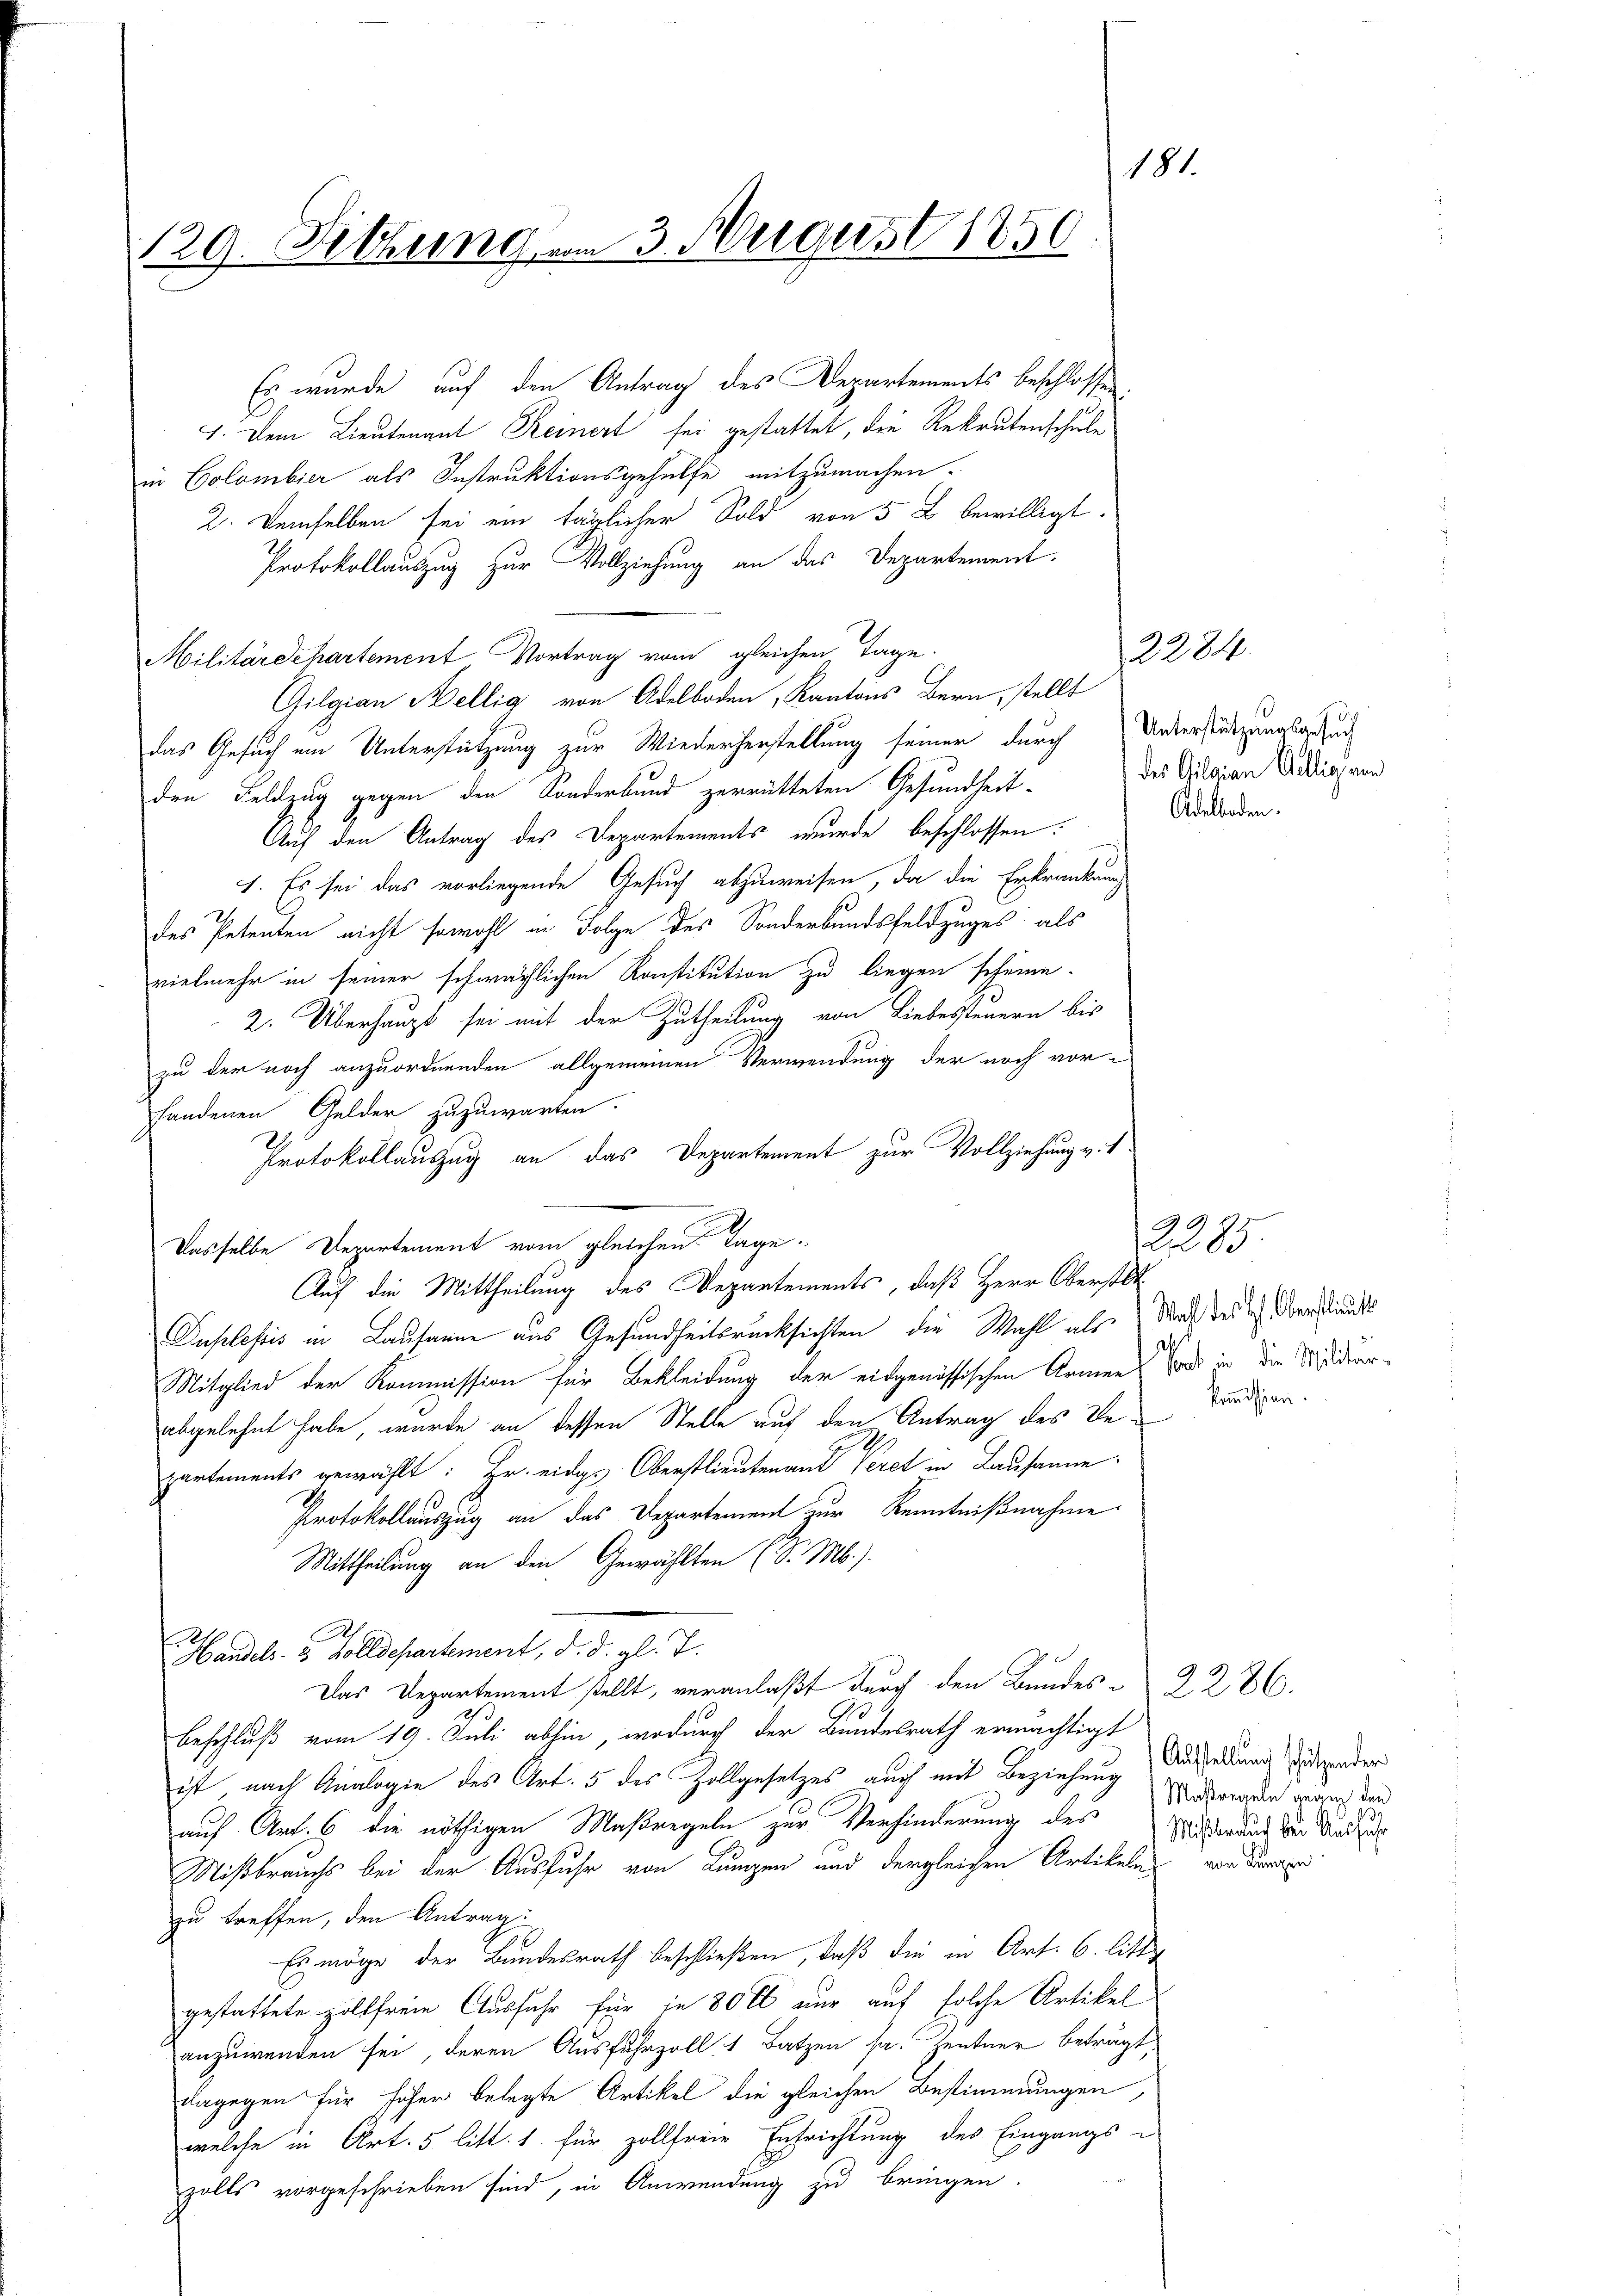
181.
129. Sitzung am 3. August 1850

Es wurde auf den Antrag des Departements beschlossen
1. Dem Lieutenant Keinert sei gestattet, die Rekrutenschule
in Colombier als Instruktionsgehülfe mitzumachen.
2. Demselben sei ein täglicher Sold von 5 L bewilligt.
Protokollauszug zur Vollziehung an das Departement.
Militärdehartement Vortrag vom gleichen Tage.
Gilgian Bellig von Adelboden, Kantons Bern, stellt
das Gesuch ein Unterstützung zur Wiederherstellung seiner durch Unterstützungsatzun
den Feldzug gegen den Sonderbund zerrütteten Gesundheit-
Auf den Antrag des Departements wurde beschlossen:
1. Es sei das vorliegende Gesuch abzuweisen, da die Erkrankung
des Petenten nicht sowohl in Folge des Sonderbundsfeldzuges, als
vielmehr in seiner schwächlichen Konstitution zu liegen scheine.
2. Überhaupt sei mit der Zutheilung von Liebessteuern bis
zu der noch anzuordnenden allgemeinen Verwendung der noch vorhandenen Gelder zuzuwarten.
Protokollauszug an das Departement zur Vollziehung v. 1
Dasselbe Departement vom gleichen Tage
Auf die Mittheilung des Departements, daß Herr Oberstat
Duplesis in Lausanne aus Gesundheitsrücksichten, die Wahl als
d
Mitglied der Kommission für Bekleidung der eidgenössischen Armens von in der Sudiarabgelehnt habe, wurde an dessen Stelle auf den Antrag des Bepartements gewählt: Hr. eidg. Oberstlieutenant Peret in Lausanne
Protokollauszug an das Departement zur Kenntnißnahme
Mittheilung an den Gewählten (S. M.).
21
Handels- & Zolldepartement, d. d. gl. T.
Das Departement stellt, veranlaßt durch den Bundes 2286.
Beschluß vom 19. Juli abhin, wodurch der Bundesrath ermächtigt
ist nach Analogie des Art. 5 des Zollgesetzes auch mit Beziehung Ausserung beidender
auf Art. 6 die nöthigen Maßregeln zur Verhinderung des Antragen zur
Mißbrauchs bei der Ausfuhr von Lungen und dergleichen Artikeln
zu treffen, den Antrag:
Es möge der Bundesrath beschließen, daß die in Art. 6. litt
gestattete zollfreie Ausfuhr für in 80 ll nur auf solche Artikel
anzuwenden sei, deren Ausfuhrzoll 1 Batzen sa. Zentner beträgt,
dagegen für höher belegte Artikel die gleichen Bestimmungen
welche in Art. 5 litt. 1. für zollfreie Entrichtung des Eingangs i
zolls vorgeschrieben sind, in Anwendung zu bringen.

d

1220.
des Gilgian Alig von
Adelboden.

2285.
Wahl des H. Oberstlieut
kommission.

Mißbrauch bei Aussich
von Lungen